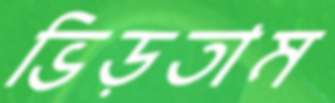
ভিড়তাম